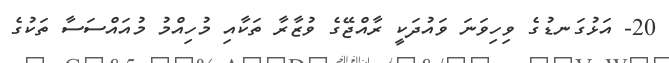
20- އަޅުގަނޑުގެ ވިހިވަނަ ވައުދަކީ ރާއްޖޭގެ ވުޒާރާ ތަކާއި މުހިއްމު މުއައްސަސާ ތަކުގެ